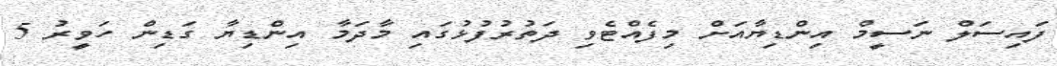
ފައިސަލް ނަސީމް އިންޑިޔާއަށް މިފެއްޓެވި ދަތުރުފުޅުގައި މާދަމާ އިންޑިޔާ ގަޑިން ހަވީރު 5